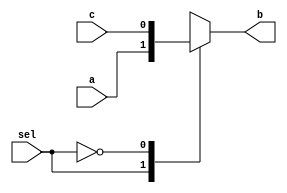
module three_a ( a,c,sel,b);
input a;
input c;
input sel;
output reg b;
always@(*)
 case ( sel)
  1'b1 : b = a;
  1'b0 : b = c;
endcase
endmodule